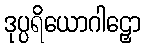
ဒုပ္ပရိယောဂါဠှော